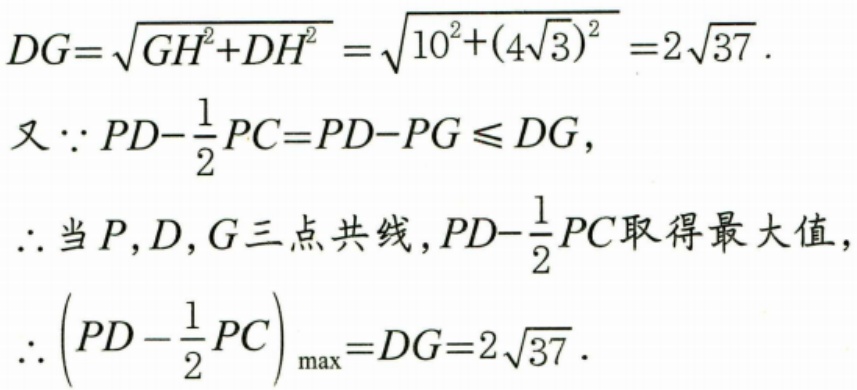
\(DG = \sqrt{GH^{2}+DH^{2}}=\sqrt{10^{2}+(4\sqrt{3})^{2}}=2\sqrt{37}\).
又\(\because PD-\dfrac{1}{2}PC = PD - PG\leqslant DG\)，
\(\therefore\)当 \(P,D,G\)三点共线，\(PD-\dfrac{1}{2}PC\)取得最大值，
\(\therefore\left(PD - \dfrac{1}{2}PC\right)_{\max}=DG = 2\sqrt{37}\).